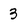
Character: 3